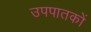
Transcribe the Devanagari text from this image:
उपपातकों